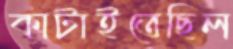
কাটাইতেছিল